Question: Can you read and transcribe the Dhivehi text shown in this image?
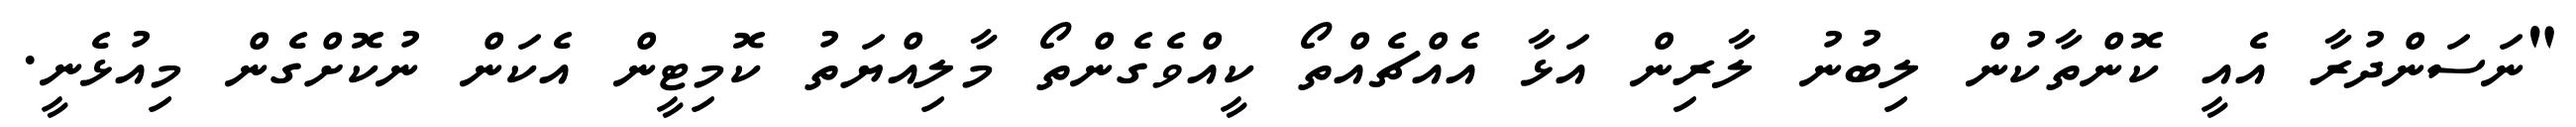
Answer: "ނަސަންދުރާ އެއީ ކޮންތާކުން ލިބުނު ލާރިން އަޅާ އެއްޗެއްތޯ ކީއްވެގެންތޯ މާލިއްޔަތު ކޮމިޓީން އެކަން ނުކޮށްގެން މިއުޅެނީ.